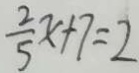
\frac { 2 } { 5 } x + 7 = 2